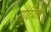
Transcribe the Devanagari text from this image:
रोटियां।